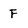
Character: F